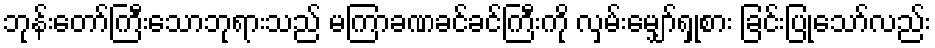
ဘုန်းတော်ကြီးသောဘုရားသည် မကြာခဏခင်ခင်ကြီးကို လှမ်းမျှော်ရှုစား ခြင်းပြုသော်လည်း